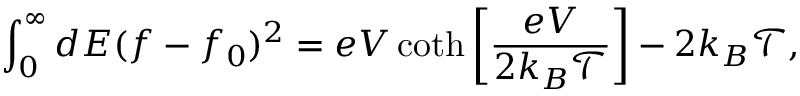
\int _ { 0 } ^ { \infty } d E ( f - f _ { 0 } ) ^ { 2 } = e V \coth \left[ \frac { e V } { 2 k _ { B } \mathcal { T } } \right] - 2 k _ { B } \mathcal { T } ,